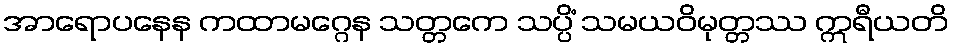
အာရောပနေန ကထာမဂ္ဂေန သတ္တကေ သပ္ပိံ သမယဝိမုတ္တဿ ဣရီယတိ